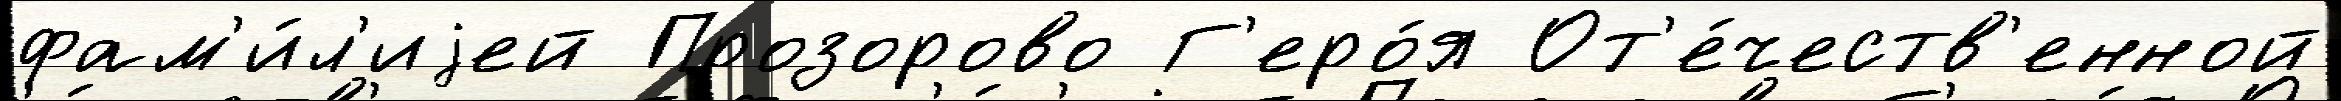
фам'и́л'иjей Прозорово Г'еро́я От'е́честв'енной